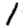
Digit: 1